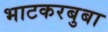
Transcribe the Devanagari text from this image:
भाटकरबुबा